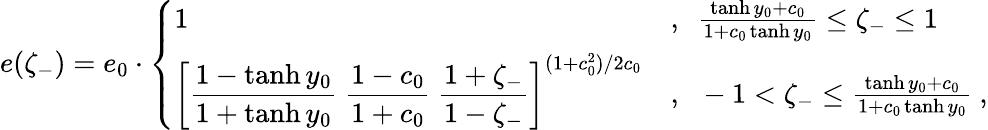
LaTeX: e(\zeta_{-})=e_{0}\cdot\left\{ \begin{array}{ll}{{1}}&{{,~~\frac{\operatorname{tanh}y_{0}+c_{0}}{1+c_{0}\operatorname{tanh}y_{0}}\leq\zeta_{-}\leq 1}}\\ {{{\displaystyle\left[\frac{1-\operatorname{tanh}y_{0}}{1+\operatorname{tanh}y_{0}}~\frac{1-c_{0}}{1+c_{0}}~\frac{1+\zeta_{-}}{1-\zeta_{-}}\right]}^{(1+c_{0}^{2})/2c_{0}}}}&{{,~~-1<\zeta_{-}\leq\frac{\operatorname{tanh}y_{0}+c_{0}}{1+c_{0}\operatorname{tanh}y_{0}}~,}}\end{array}\right.